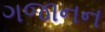
ગજાનન